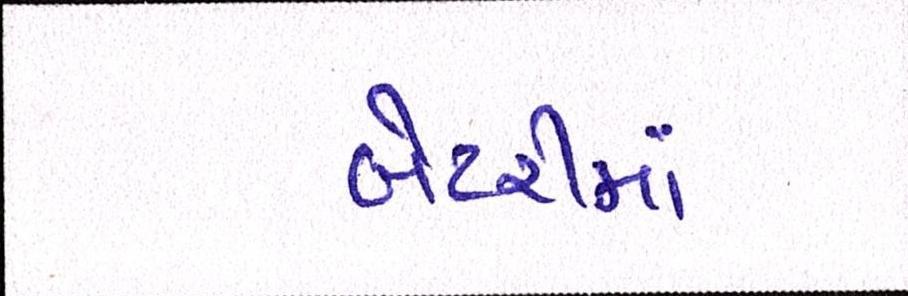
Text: બેટરીમાં